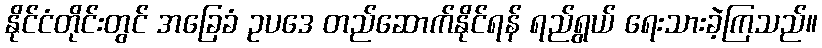
နိုင်ငံတိုင်းတွင် အခြေခံ ဥပဒေ တည်ဆောက်နိုင်ရန် ရည်ရွယ် ရေးသားခဲ့ကြသည်။